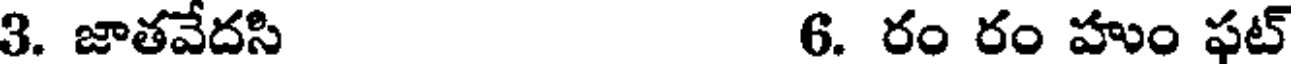
3. జాతవేదసి 6. రం రం హుం ఫట్